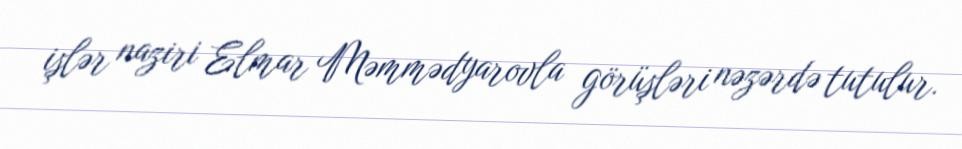
işlər naziri Elmar Məmmədyarovla görüşləri nəzərdə tutulur.